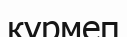
күрмеп